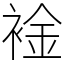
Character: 䘳